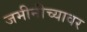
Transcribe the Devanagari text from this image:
जमीनीच्यावर